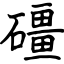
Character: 礓